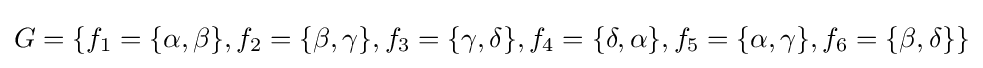
G=\lbrace f_{1}=\lbrace \alpha ,\beta \rbrace ,f_{2}=\lbrace \beta ,\gamma \rbrace ,f_{3}=\lbrace \gamma ,\delta \rbrace ,f_{4}=\lbrace \delta ,\alpha \rbrace ,f_{5}=\lbrace \alpha ,\gamma \rbrace ,f_{6}=\lbrace \beta ,\delta \rbrace \rbrace